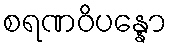
စရဏဝိပန္နော